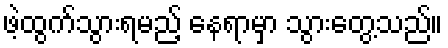
ဖဲ့ထွက်သွားရမည့် နေရာမှာ သွားတွေ့သည်။